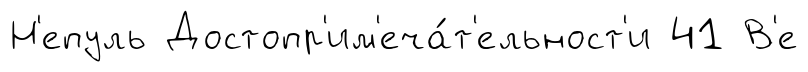
Н'епуль Достопр'им'еча́т'ельност'и 41 В'е